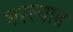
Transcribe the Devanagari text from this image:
भरल्यात